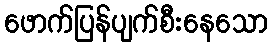
ဖောက်ပြန်ပျက်စီးနေသော